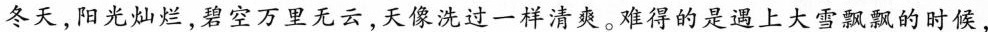
冬天，阳光灿烂，碧空万里无云，天像洗过一样清爽。难得的是遇上大雪飘飘的时候，